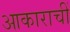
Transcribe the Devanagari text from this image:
आकाराचीं